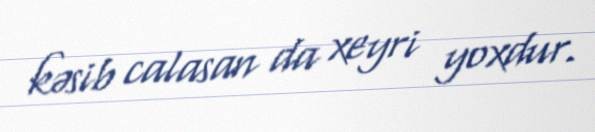
kəsib calasan da xeyri yoxdur.